Eestimaa_Kommunistliku_Partei_Keskkomitee, lk 14
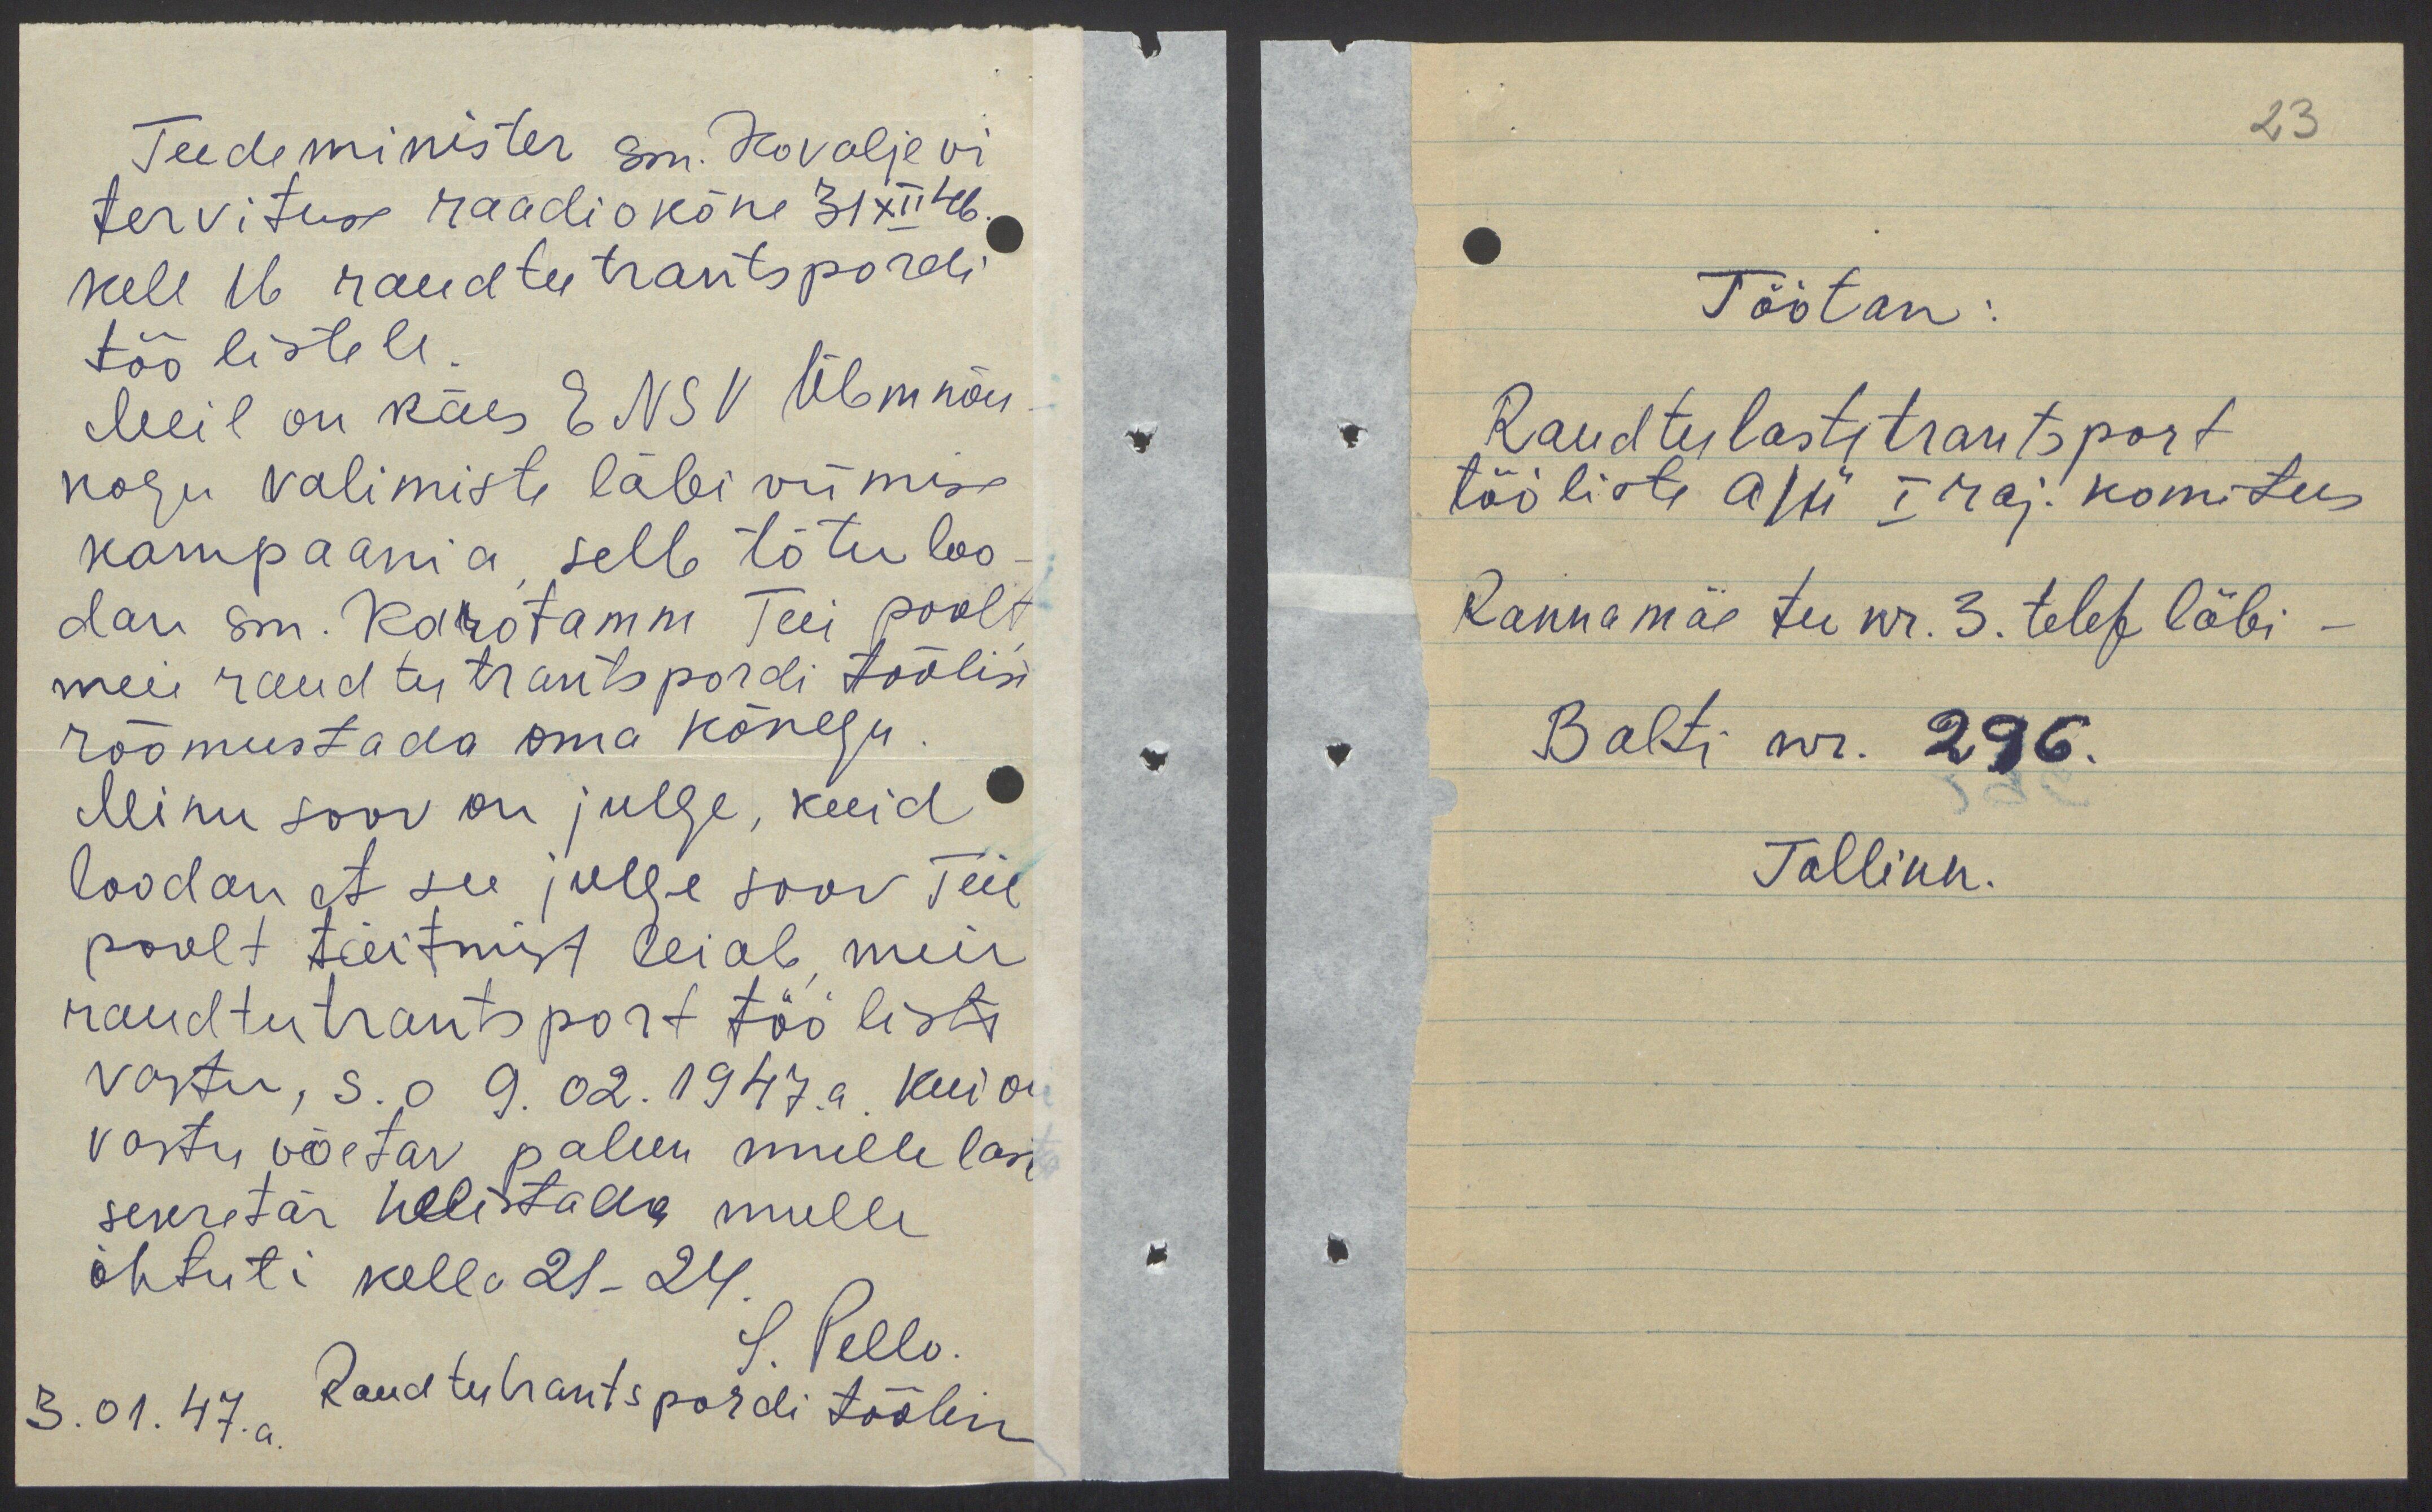
Teedeminister sm. Kovaljevi
tervituse raadiokõne 31 XII 46.
kell 16 raudteetrantspordi
töölistele.
Meil on käes ENSV Ülemnõu
kogu valimiste läbi viimise
kampaania selle tõtu loo
dan sm. Karotamm Teie poolt
meie raudteetrantspordi töölisi
rõõmustada oma kõnega
Minu soov on julge, kuid
loodan et see julge soov Teie
poolt täitmist leiab, meie
raudteetrantsport tööliste
vastu, s. o 9.02.1947.a. kui on
vastu võetav palun mulle lasta
sekretär helistada mulle
õhtuti kell u 21-24.
S. Pello.
3.01.47.a.
Raudteetrantspordi töölin

23
Töötan:
Raudteelastitrantsport
tööliste A/Ü I raj. komitees
Rannamäe tee nr. 3. telef läbi -
Balti nr. 296.
Tallinn.